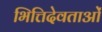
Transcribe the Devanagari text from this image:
भित्तिदेवताओं